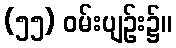
(၅၅) ဝမ်းပျဉ်း၌။